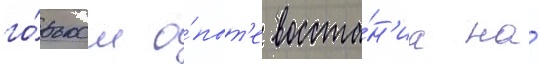
го́рьком о́пыт'е восста́н'иа на́